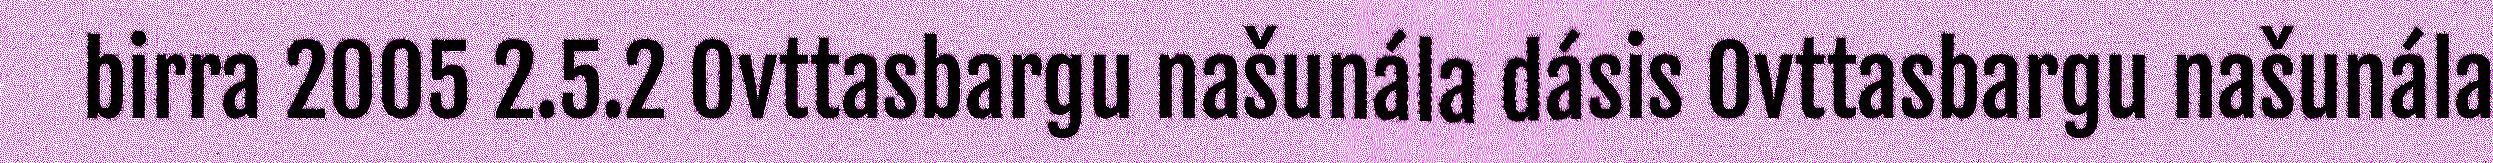
birra 2005 2.5.2 Ovttasbargu našunála dásis Ovttasbargu našunála